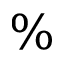
\%